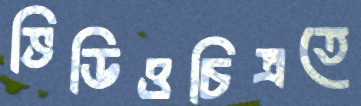
ভিডিওচিত্রতে